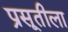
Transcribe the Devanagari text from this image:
प्रसूतीला